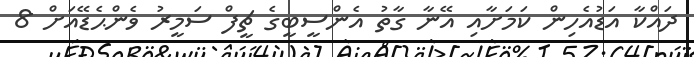
ދައްކާ އަޑުއެހިން ކަމަށާއި އޭނާ ގާތު އެންސީބީގެ ޗީފް ސަމީރު ވެންޙެޑޭއަށް 8